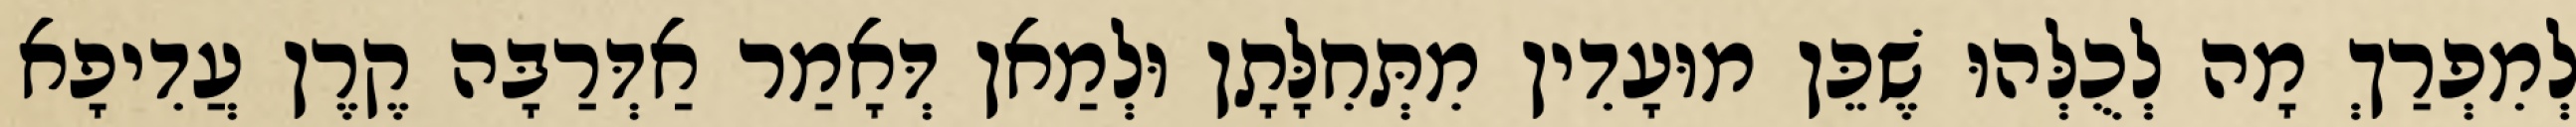
לְמִפְרַךְ מָה לְכֻלְּהוּ שֶׁכֵּן מוּעָדִין מִתְּחִלָּתָן וּלְמַאן דְּאָמַר אַדְּרַבָּה קֶרֶן עֲדִיפָא